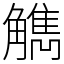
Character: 觹